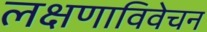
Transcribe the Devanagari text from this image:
लक्षणाविवेचन